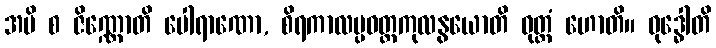
အပိ စ ဇိဏ္ဏောတိ ပေါရာဏော, စိရကာလပ္ပဝတ္တကုလနွယောတိ ဝုတ္တံ ဟောတိ။ ဝုဒ္ဓေါတိ